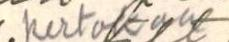
kertokaa